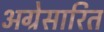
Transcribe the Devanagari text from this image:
अग्रेसारित